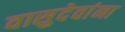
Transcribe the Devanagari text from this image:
वासुदेवांना